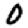
Digit: 0